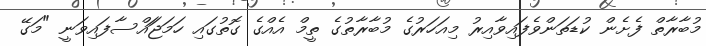
މުބާރާތް ފެށެން ކުޑަތަންވެފައިވާއިރު މިއަހަރުގެ މުބާރާތުގެ ތީމް އެއްގެ ގޮތުގައި ހަމަޖަައްސާފައިވަނީ "މަގޭ